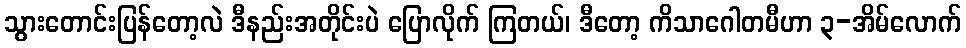
သွားတောင်းပြန်တော့လဲ ဒီနည်းအတိုင်းပဲ ပြောလိုက် ကြတယ်၊ ဒီတော့ ကိသာဂေါတမီဟာ ၃-အိမ်လောက်